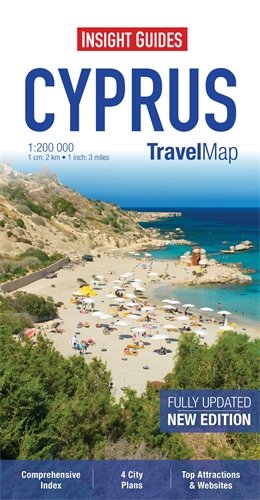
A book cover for Insight Travel Map: Cyprus; aa vv; Travel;